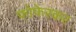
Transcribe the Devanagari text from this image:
फोफेरकर